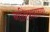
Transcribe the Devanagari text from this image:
नादिरशहाच्या